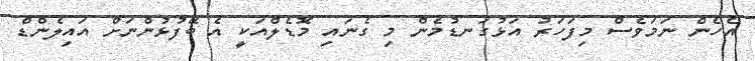
އެހެން ނަމަވެސް މިފަހަރު އަޅުގަނޑުމެން މި ގެނައި މޮޑެލްއަކީ އެ ބޭފުޅުންނަށް އައިލެންޑް